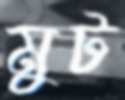
মুট